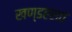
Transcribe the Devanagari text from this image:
खण्डहरात